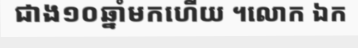
ជាង១០ឆ្នាំមកហើយ ។លោក ឯក